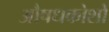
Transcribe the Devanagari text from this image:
औषधकोशों